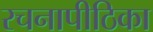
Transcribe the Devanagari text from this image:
रचनापीठिका